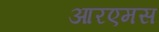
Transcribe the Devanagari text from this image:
आरएमस